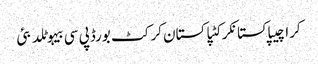
کراچیپاکستانکرکٹپاکستان کرکٹ بورڈپی سی بیہوٹلدبئی